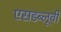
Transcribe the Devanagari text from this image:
एसडब्लूवी